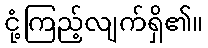
ငုံ့ကြည့်လျက်ရှိ၏။